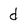
Character: d